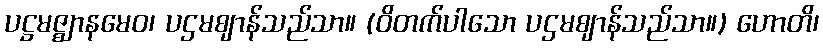
ပဋ္ဌမဇ္ဈာနမေဝ၊ ပဌမဈာန်သည်သာ။ (ဝိတက်ပါသော ပဌမဈာန်သည်သာ။) ဟောတိ၊